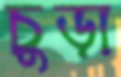
চুড়া